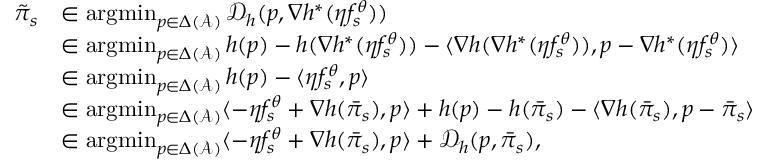
\begin{array} { r l } { \tilde { \pi } _ { s } } & { \in \mathop { \mathrm { a r g m i n } } _ { p \in \Delta ( \mathcal { A } ) } \mathcal { D } _ { h } ( p , \nabla h ^ { * } ( \eta f _ { s } ^ { \theta } ) ) } \\ & { \in \mathop { \mathrm { a r g m i n } } _ { p \in \Delta ( \mathcal { A } ) } h ( p ) - h ( \nabla h ^ { * } ( \eta f _ { s } ^ { \theta } ) ) - \langle \nabla h ( \nabla h ^ { * } ( \eta f _ { s } ^ { \theta } ) ) , p - \nabla h ^ { * } ( \eta f _ { s } ^ { \theta } ) \rangle } \\ & { \in \mathop { \mathrm { a r g m i n } } _ { p \in \Delta ( \mathcal { A } ) } h ( p ) - \langle \eta f _ { s } ^ { \theta } , p \rangle } \\ & { \in \mathop { \mathrm { a r g m i n } } _ { p \in \Delta ( \mathcal { A } ) } \langle - \eta f _ { s } ^ { \theta } + \nabla h ( \bar { \pi } _ { s } ) , p \rangle + h ( p ) - h ( \bar { \pi } _ { s } ) - \langle \nabla h ( \bar { \pi } _ { s } ) , p - \bar { \pi } _ { s } \rangle } \\ & { \in \mathop { \mathrm { a r g m i n } } _ { p \in \Delta ( \mathcal { A } ) } \langle - \eta f _ { s } ^ { \theta } + \nabla h ( \bar { \pi } _ { s } ) , p \rangle + \mathcal { D } _ { h } ( p , \bar { \pi } _ { s } ) , } \end{array}